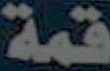
قمة